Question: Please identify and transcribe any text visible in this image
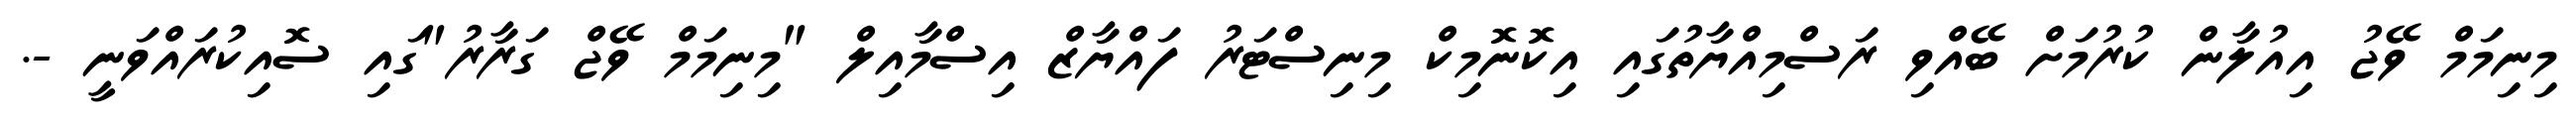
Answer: މިނިމަމް ވޭޖު އިއުލާން ކުރުމަށް ބޭއްވި ރަސްމިއްޔާތުގައި އިކޮނޮމިކް މިނިސްޓަރު ފައްޔާޒް އިސްމާއިލް "މިނިމަމް ވޭޖް ގަރާރު"ގައި ސޮއިކުރައްވަނީ -.